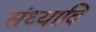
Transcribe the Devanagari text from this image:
संध्यादि